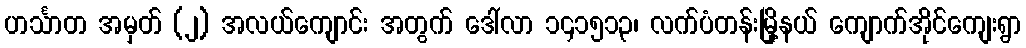
ဟင်္သာတ အမှတ် (၂) အလယ်ကျောင်း အတွက် ဒေါ်လာ ၁၄၁၅၁၃၊ လက်ပံတန်းမြို့နယ် ကျောက်အိုင်ကျေးရွာ